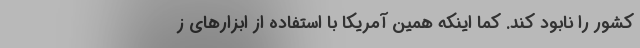
کشور را نابود کند. کما اینکه همین آمریکا با استفاده از ابزارهای ز